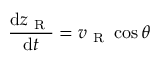
\frac { \mathrm { d } z _ { \mathrm { ~ R ~ } } } { \mathrm { d } t } = v _ { \mathrm { ~ R ~ } } \cos { \theta }